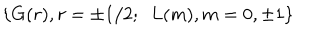
\{ G ( r ) , r = \pm 1 / 2 ; \, \, \, L ( m ) , m = 0 , \pm 1 \}